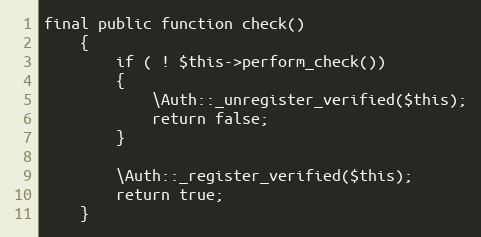
Language: PHP
final public function check()
	{
		if ( ! $this->perform_check())
		{
			\Auth::_unregister_verified($this);
			return false;
		}

		\Auth::_register_verified($this);
		return true;
	}